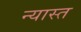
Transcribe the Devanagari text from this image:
न्यास्त